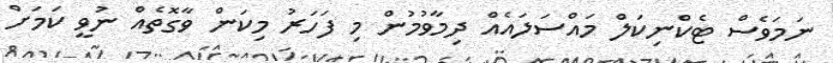
ނަަމަވެސް ޓެކްނިކަލް މައްސަލައެއް ދިމާވުމުން މި ފަހަރު މިކަން ވާގޮތެއް ނުވީ ކަމަށް